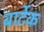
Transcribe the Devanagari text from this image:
बार्टेक